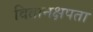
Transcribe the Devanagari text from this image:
वितानक्षपता